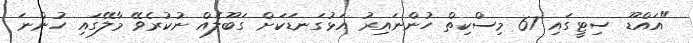
"އައްޑޫ ސިޓީގައި 67 މިސްކިތް ހުންނައިރު އަޅުގަނޑަކަށް ގަބޫލެއް ނުކުރެވޭ މާލޭގައި ހުންނަ